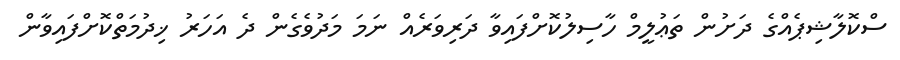
ސްކޮލާޝިޕެއްގެ ދަށުން ތަޢުލީމް ހާސިލުކޮށްފައިވާ ދަރިވަރެއް ނަމަ މަދުވެގެން ދެ އަހަރު ޚިދުމަތްކޮށްފައިވާން